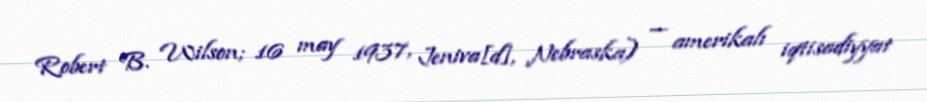
Robert B. Wilson; 16 may 1937, Jeniva[d], Nebraska) — amerikalı iqtisadiyyat